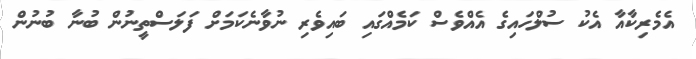
އެމެރިކާއާ އެކު ސުލްހައިގެ އެއްވެސް ކަމެއްގައި ބައިވެރި ނުވާނެކަމަށް ފަލަސްތީނުން ބުނާ ބުނުން